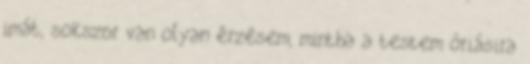
imát, sokszor van olyan érzésem, mintha a testem óriásira